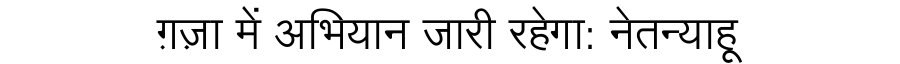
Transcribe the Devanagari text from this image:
ग़ज़ा में अभियान जारी रहेगा: नेतन्याहू